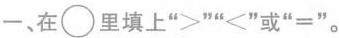
一、在\bigcirc里填上“>”“<”或“=”。